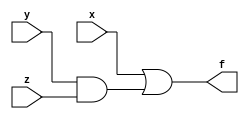
module q1_2l(x,y,z,f);
input x,y,z;
output f;
assign f = x|(y&z);
endmodule